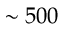
\sim 5 0 0